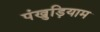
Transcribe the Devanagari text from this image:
पंखुड़ियाम